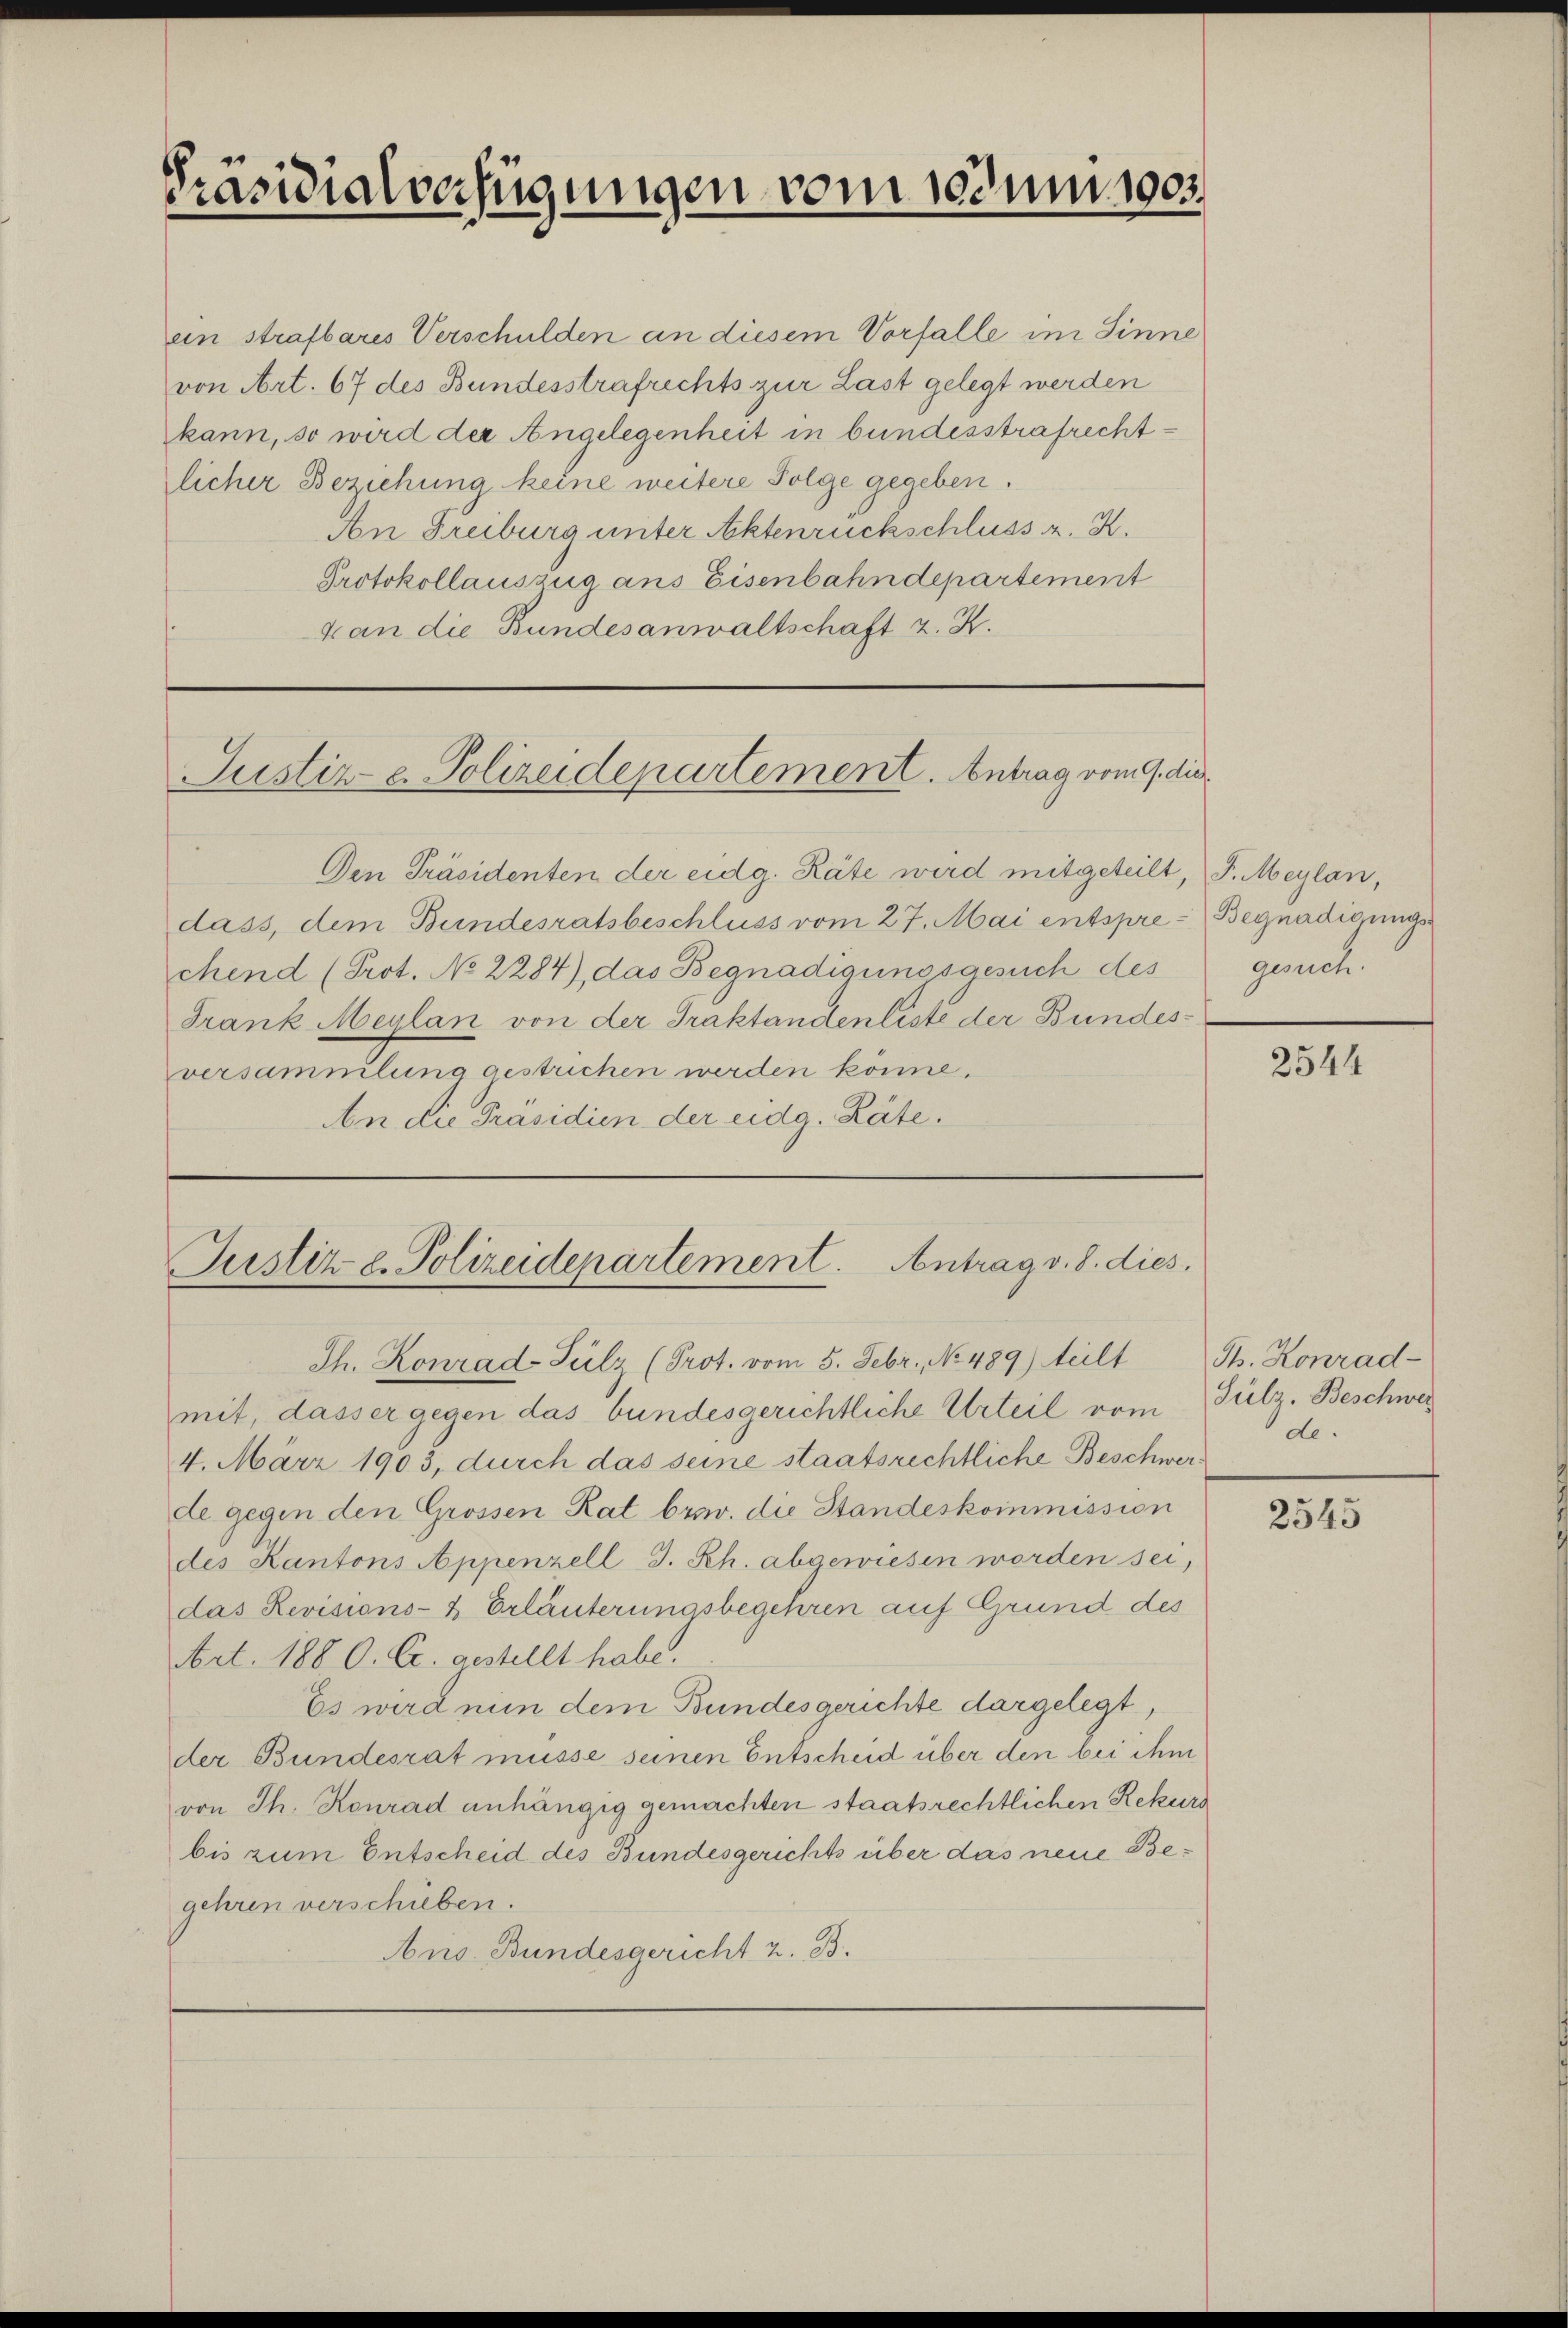
Präsidialverfügungen vom soumises

ein strafbares Verschulden an diesem Vorfalle im Sinne
von Art. 67 des Bundesstrafrechts zur Last gelegt werden
kann, so wird der Angelegenheit in bundesstrafrechtlicher Beziehung keine weitere Folge gegeben.
An Freiburg unter Aktenrückschluss z. K.
Protokollauszug aus Eisenbahndepartement
k an die Bundesanwaltschaft z. R.

Justiz- u. Polizeidepartement. Antrag vom 9. die

Den Präsidenten der eidg. Räte wird mitgeteilt,
dass, dem Bundesratsbeschluss vom 27. Mai entspre - Begnadigungschend (Prot. No 2284), das Begnadigungsgesuch des
Frank Meylan von der Traktandenliste der Bundesversammlung gestrichen werden könne.
An die Präsidien der eidg. Räte.

Justiz- u. Polizeidepartement. Antrag v. 8. dies

1

Th. Konrad-Sulz (Prot. vom 5. Febr. No. 489) teilt Th. Konrad-
mit, dasser gegen das bundesgerichtliche Urteil vom Sulz, Beschwer
4. März 1903, durch das seine staatsrechtliche Beschwerde gegen den Grossen Rat bezw. die Standeskommission
des Kantons Appenzell I. Rh. abgewiesen worden sei,
das Revisions- & Erläuterungsbegehren auf Grund des
Art. 188 C. C. gestellt habe.
Es wird nun dem Bundesgerichte dargelegt,
der Bundesrat müsse seinen Entscheid über den bei ihm
von Th. Konrad anhängig gemachten staatsrechtlichen Rekurs
bis zum Entscheid des Bundesgerichts über das neue Begehren verschieben.
Ans Bundesgericht 2. B.

F. Meylan,
gesuch.

2544

de.

2545